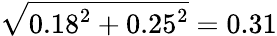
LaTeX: \sqrt{0.18^{2}+0.25^{2}}=0.31